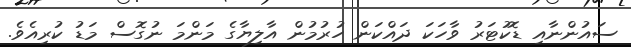
ސައުންނާއި ޑޮކުޓަރު ވާހަކަ ދައްކަން ހުރުމުން އާލިޔާގެ މަންމަ ނުގޮސް މަޑު ކުރިއެވެ.